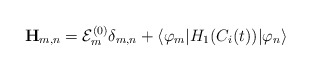
\begin{align*}{\bf H}_{m,n}={\cal E}_m^{(0)}\delta _{m,n}+\langle\varphi _m|H_1(C_i(t))|\varphi _n\rangle\end{align*}